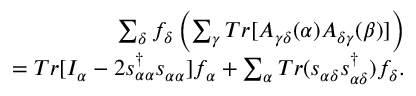
\begin{array} { r } { \sum _ { \delta } f _ { \delta } \left( \sum _ { \gamma } T r [ A _ { \gamma \delta } ( \alpha ) A _ { \delta \gamma } ( \beta ) ] \right) } \\ { = T r [ I _ { \alpha } - 2 s _ { \alpha \alpha } ^ { \dagger } s _ { \alpha \alpha } ] f _ { \alpha } + \sum _ { \alpha } T r ( s _ { \alpha \delta } s _ { \alpha \delta } ^ { \dagger } ) f _ { \delta } . } \end{array}